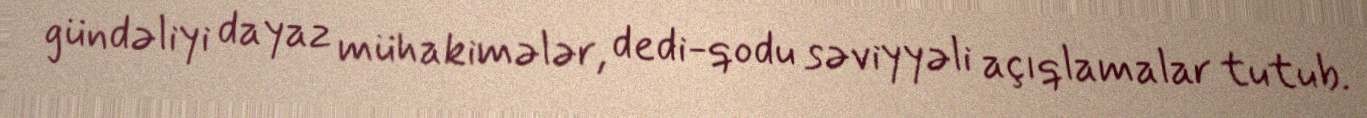
gündəliyi dayaz mühakimələr, dedi-qodu səviyyəli açıqlamalar tutub.